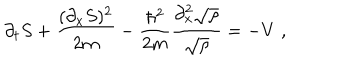
LaTeX: \partial _ { t } S + \frac { ( \partial _ { x } S ) ^ { 2 } } { 2 m } - \frac { \hbar ^ { 2 } } { 2 m } \frac { \partial _ { x } ^ { 2 } \sqrt { \rho } } { \sqrt { \rho } } = - V \; ,